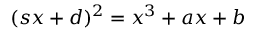
( s x + d ) ^ { 2 } = x ^ { 3 } + a x + b